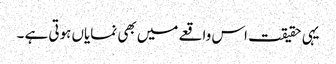
یہی حقیقت اس واقعے میں بھی نمایاں ہوتی ہے ۔